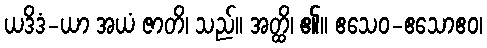
ယဒိဒံ-ယာ အယံ ဇာတိ၊ သည်။ အတ္ထိ၊ ၏။ ဧသေဝ-ဧသောဧဝ၊